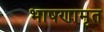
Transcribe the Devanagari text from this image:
भाषणामृत